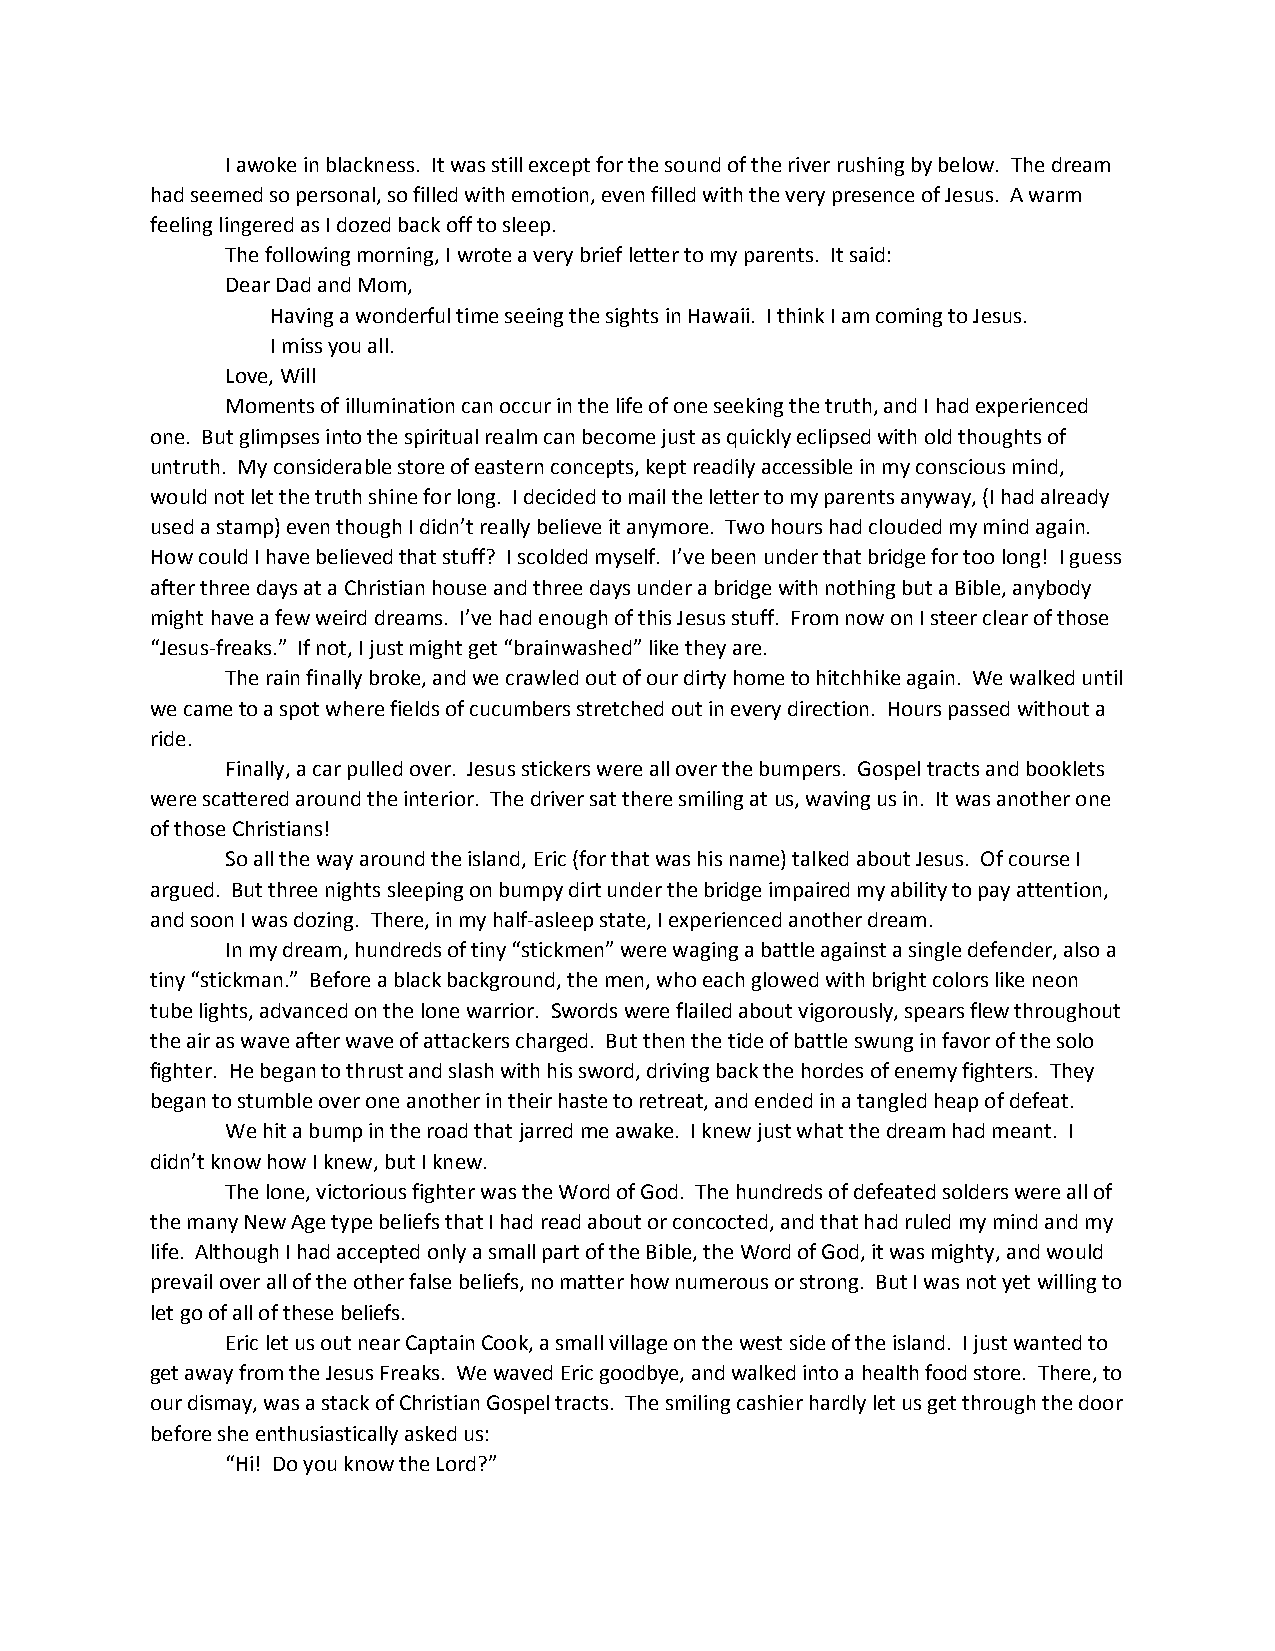
I awoke in blackness. It was still except for the sound of the river rushing by below. The dream
 had seemed so personal, so filled with emotion, even filled with the very presence of Jesus. A warm
 feeling lingered as I dozed back off to sleep.
 The following morning, I wrote a very brief letter to my parents. It said:
 Dear Dad and Mom,
 Having a wonderful time seeing the sights in Hawaii. I think I am coming to Jesus.
 I miss you all.
 Love, Will
 Moments of illumination can occur in the life of one seeking the truth, and I had experienced
 one. But glimpses into the spiritual realm can become just as quickly eclipsed with old thoughts of
 untruth. My considerable store of eastern concepts, kept readily accessible in my conscious mind,
 would not let the truth shine for long. I decided to mail the letter to my parents anyway, (I had already
 used a stamp) even though I didn’t really believe it anymore. Two hours had clouded my mind again.
 How could I have believed that stuff? I scolded myself. I’ve been under that bridge for too long! I guess
 after three days at a Christian house and three days under a bridge with nothing but a Bible, anybody
 might have a few weird dreams. I’ve had enough of this Jesus stuff. From now on I steer clear of those
 “Jesus-freaks.” If not, I just might get “brainwashed” like they are.
 The rain finally broke, and we crawled out of our dirty home to hitchhike again. We walked until
 we came to a spot where fields of cucumbers stretched out in every direction. Hours passed without a
 ride.
 Finally, a car pulled over. Jesus stickers were all over the bumpers. Gospel tracts and booklets
 were scattered around the interior. The driver sat there smiling at us, waving us in. It was another one
 of those Christians!
 So all the way around the island, Eric (for that was his name) talked about Jesus. Of course I
 argued. But three nights sleeping on bumpy dirt under the bridge impaired my ability to pay attention,
 and soon I was dozing. There, in my half-asleep state, I experienced another dream.
 In my dream, hundreds of tiny “stickmen” were waging a battle against a single defender, also a
 tiny “stickman.” Before a black background, the men, who each glowed with bright colors like neon
 tube lights, advanced on the lone warrior. Swords were flailed about vigorously, spears flew throughout
 the air as wave after wave of attackers charged. But then the tide of battle swung in favor of the solo
 fighter. He began to thrust and slash with his sword, driving back the hordes of enemy fighters. They
 began to stumble over one another in their haste to retreat, and ended in a tangled heap of defeat.
 We hit a bump in the road that jarred me awake. I knew just what the dream had meant. I
 didn’t know how I knew, but I knew.
 The lone, victorious fighter was the Word of God. The hundreds of defeated solders were all of
 the many New Age type beliefs that I had read about or concocted, and that had ruled my mind and my
 life. Although I had accepted only a small part of the Bible, the Word of God, it was mighty, and would
 prevail over all of the other false beliefs, no matter how numerous or strong. But I was not yet willing to
 let go of all of these beliefs.
 Eric let us out near Captain Cook, a small village on the west side of the island. I just wanted to
 get away from the Jesus Freaks. We waved Eric goodbye, and walked into a health food store. There, to
 our dismay, was a stack of Christian Gospel tracts. The smiling cashier hardly let us get through the door
 before she enthusiastically asked us:
 “Hi! Do you know the Lord?”